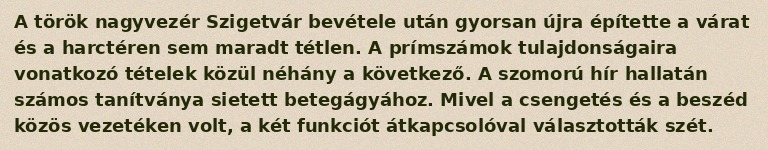
A török nagyvezér Szigetvár bevétele után gyorsan újra építette a várat és a harctéren sem maradt tétlen. A prímszámok tulajdonságaira vonatkozó tételek közül néhány a következő. A szomorú hír hallatán számos tanítványa sietett betegágyához. Mivel a csengetés és a beszéd közös vezetéken volt, a két funkciót átkapcsolóval választották szét.